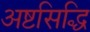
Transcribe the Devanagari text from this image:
अष्टसिद्धि